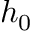
h _ { 0 }